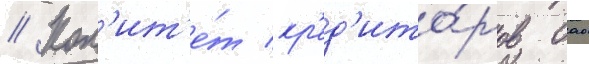
// Ком'ит'е́т кр'ед'ито́ров оао